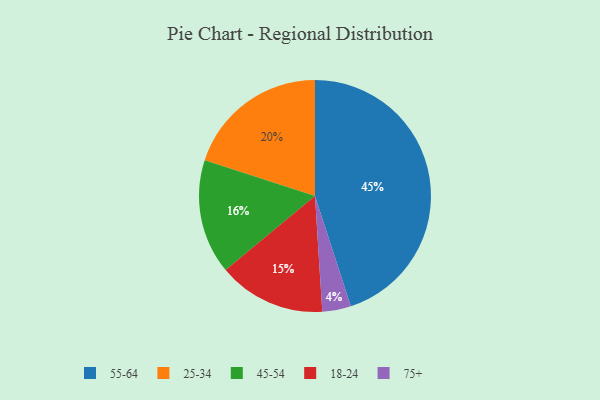
{"axis": {"x": "Category", "y": "Percentage"}, "legend": ["18-24", "25-34", "45-54", "55-64", "75+"], "data": [{"x": "18-24", "y": 15, "type": "18-24"}, {"x": "75+", "y": 4, "type": "75+"}, {"x": "55-64", "y": 45, "type": "55-64"}, {"x": "45-54", "y": 16, "type": "45-54"}, {"x": "25-34", "y": 20, "type": "25-34"}]}